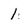
Character: 1